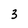
Character: 3